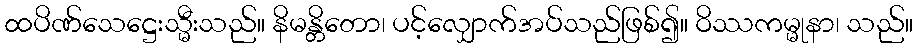
ထပိဏ်သေဋ္ဌေးသ္မီးသည်။ နိမန္တိတော၊ ပင့်လျှောက်အပ်သည်ဖြစ်၍။ ဝိဿကမ္မုနာ၊ သည်။